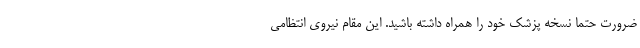
ضرورت حتما نسخه پزشک خود را همراه داشته باشید. این مقام نیروی انتظامی